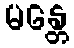
မန္တေ